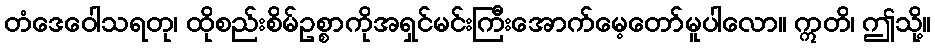
တံဒေဝေါသရတု၊ ထိုစည်းစိမ်ဥစ္စာကိုအရှင်မင်းကြီးအောက်မေ့တော်မူပါလော။ ဣတိ၊ ဤသို့။